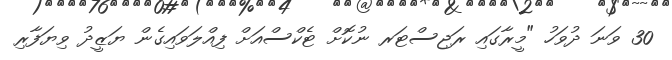
30 ވަނަ ދުވަހު "މީރާގައި ރަޖިސްޓަރ ނުކޮށް ޓެކްސްއަށް ފިއްލަވައިގެން ޔަޒީދު ވިޔަފާރި